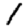
Digit: 1